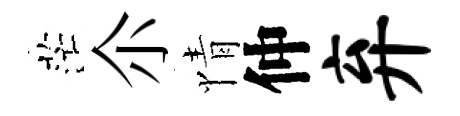
茫尒情仲弃